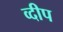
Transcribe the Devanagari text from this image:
व्दीप